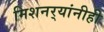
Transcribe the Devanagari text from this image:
मिशनर्‍यांनीही